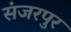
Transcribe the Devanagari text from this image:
संजरपुर